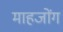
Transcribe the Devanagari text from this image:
माहजोंग